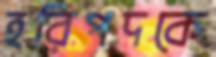
হরিপদকে